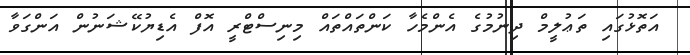
އަތޮޅުގައި ތަޢުލީމް ދިނުމުގެ އެންމެހާ ކަންތައްތައް މިނިސްޓްރީ އޮފް އެޑިޔުކޭޝަނުން އަންގަވާ